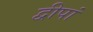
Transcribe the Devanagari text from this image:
द्वीपां